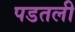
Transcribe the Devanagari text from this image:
पडतली